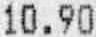
10.90